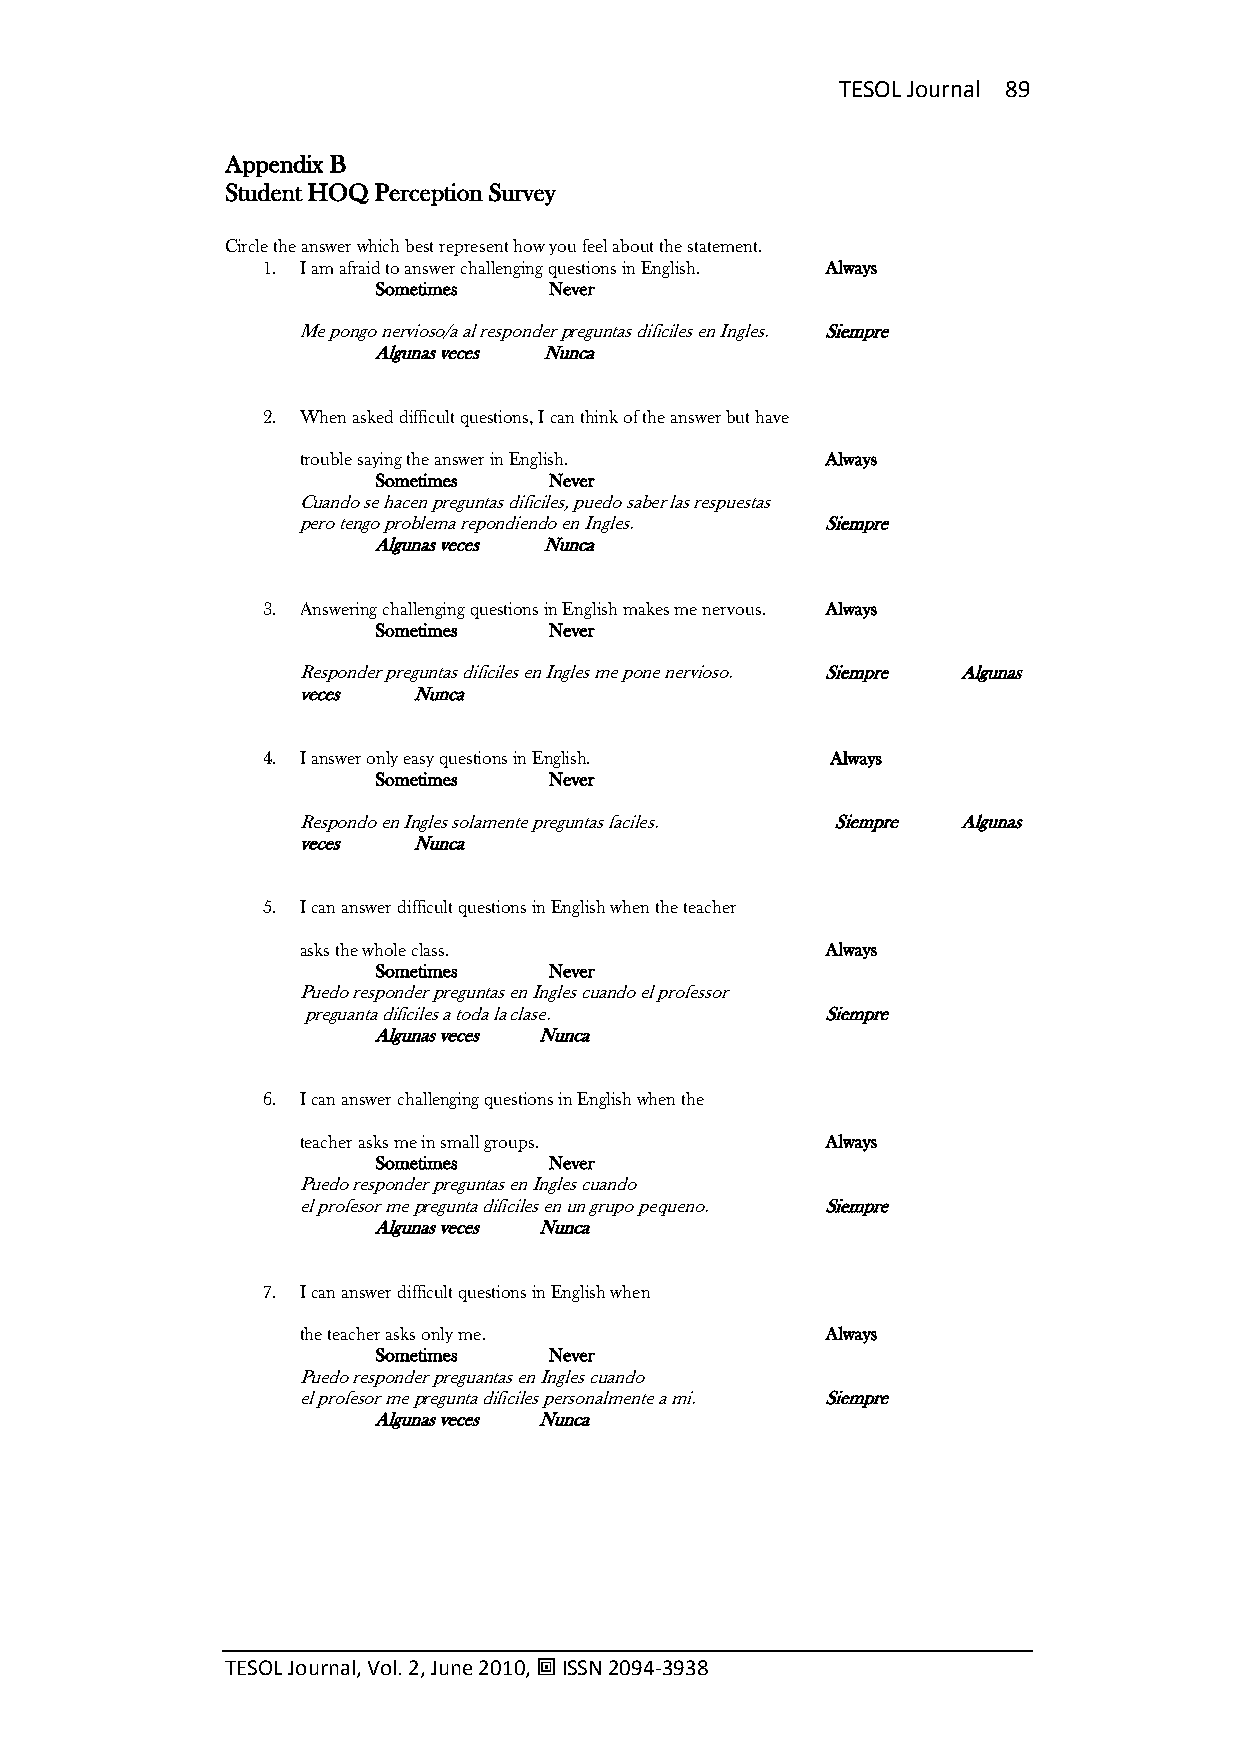
TESOL Journal 89
 Appendix B
 Student HOQ Perception Survey
 Circle the answer which best represent how you feel about the statement.
 1. I am afraid to answer challenging questions in English. Always
 Sometimes  Never
 Me pongo nervioso/a al responder preguntas dificiles en Ingles. Siempre
 Algunas veces Nunca
 2. When asked difficult questions, I can think of the answer but have
 trouble saying the answer in English. Always
 Sometimes  Never
 Cuando se hacen preguntas dificiles, puedo saber las respuestas
 pero tengo problema repondiendo en Ingles. Siempre
 Algunas veces Nunca
 3. Answering challenging questions in English makes me nervous. Always
 Sometimes  Never
 Responder preguntas dificiles en Ingles me pone nervioso. Siempre Algunas
 veces  Nunca
 4. I answer only easy questions in English. Always
 Sometimes  Never
 Respondo en Ingles solamente preguntas faciles. Siempre Algunas
 veces  Nunca
 5. I can answer difficult questions in English when the teacher
 asks the whole class.              Always
 Sometimes  Never
 Puedo responder preguntas en Ingles cuando el professor
 preguanta dificiles a toda la clase. Siempre
 Algunas veces Nunca
 6. I can answer challenging questions in English when the
 teacher asks me in small groups.   Always
 Sometimes  Never
 Puedo responder preguntas en Ingles cuando
 el profesor me pregunta dificiles en un grupo pequeno. Siempre
 Algunas veces Nunca
 7. I can answer difficult questions in English when
 the teacher asks only me.          Always
 Sometimes  Never
 Puedo responder preguantas en Ingles cuando
 el profesor me pregunta dificiles personalmente a mi. Siempre
 Algunas veces Nunca
 TESOL Journal, Vol. 2, June 2010,  ISSN 2094-3938